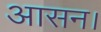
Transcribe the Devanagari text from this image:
आसन।